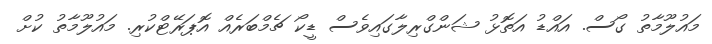
މައުލޫމާތު ގޯސް. އައްޑު އަތޮޅު ޝަންގްރިލާގައިވެސް ޑީކޯ ޗެމްބަރެއް އޮޕަރޭޓްކުރި. މައުލޫމާތު ކުށް